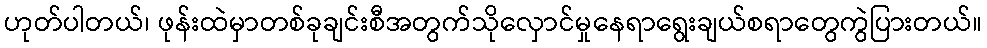
ဟုတ်ပါတယ်၊ ဖုန်းထဲမှာတစ်ခုချင်းစီအတွက်သိုလှောင်မှုနေရာရွေးချယ်စရာတွေကွဲပြားတယ်။